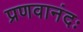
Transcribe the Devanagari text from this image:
प्रणवानंदः